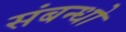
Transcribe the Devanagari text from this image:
संबन्धो